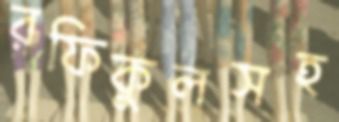
রফিকুলসহ